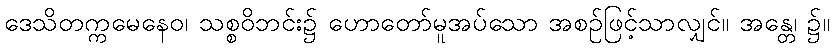
ဒေသိတက္ကမေနေဝ၊ သစ္စဝိဘင်း၌ ဟောတော်မူအပ်သော အစဉ်ဖြင့်သာလျှင်။ အန္တေ၊ ၌။